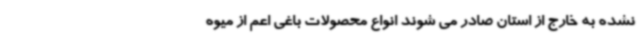
نشده به خارج از استان صادر می شوند انواع محصولات باغی اعم از میوه